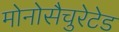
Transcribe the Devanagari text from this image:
मोनोसैचुरेटेड